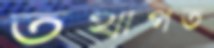
তথাগত